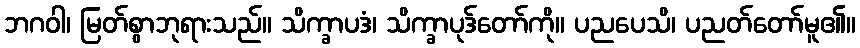
ဘဂဝါ၊ မြတ်စွာဘုရားသည်။ သိက္ခာပဒံ၊ သိက္ခာပုဒ်တော်ကို။ ပညပေသိ၊ ပညတ်တော်မူ၏။